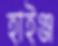
হাইঞ্জ